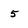
Character: 5